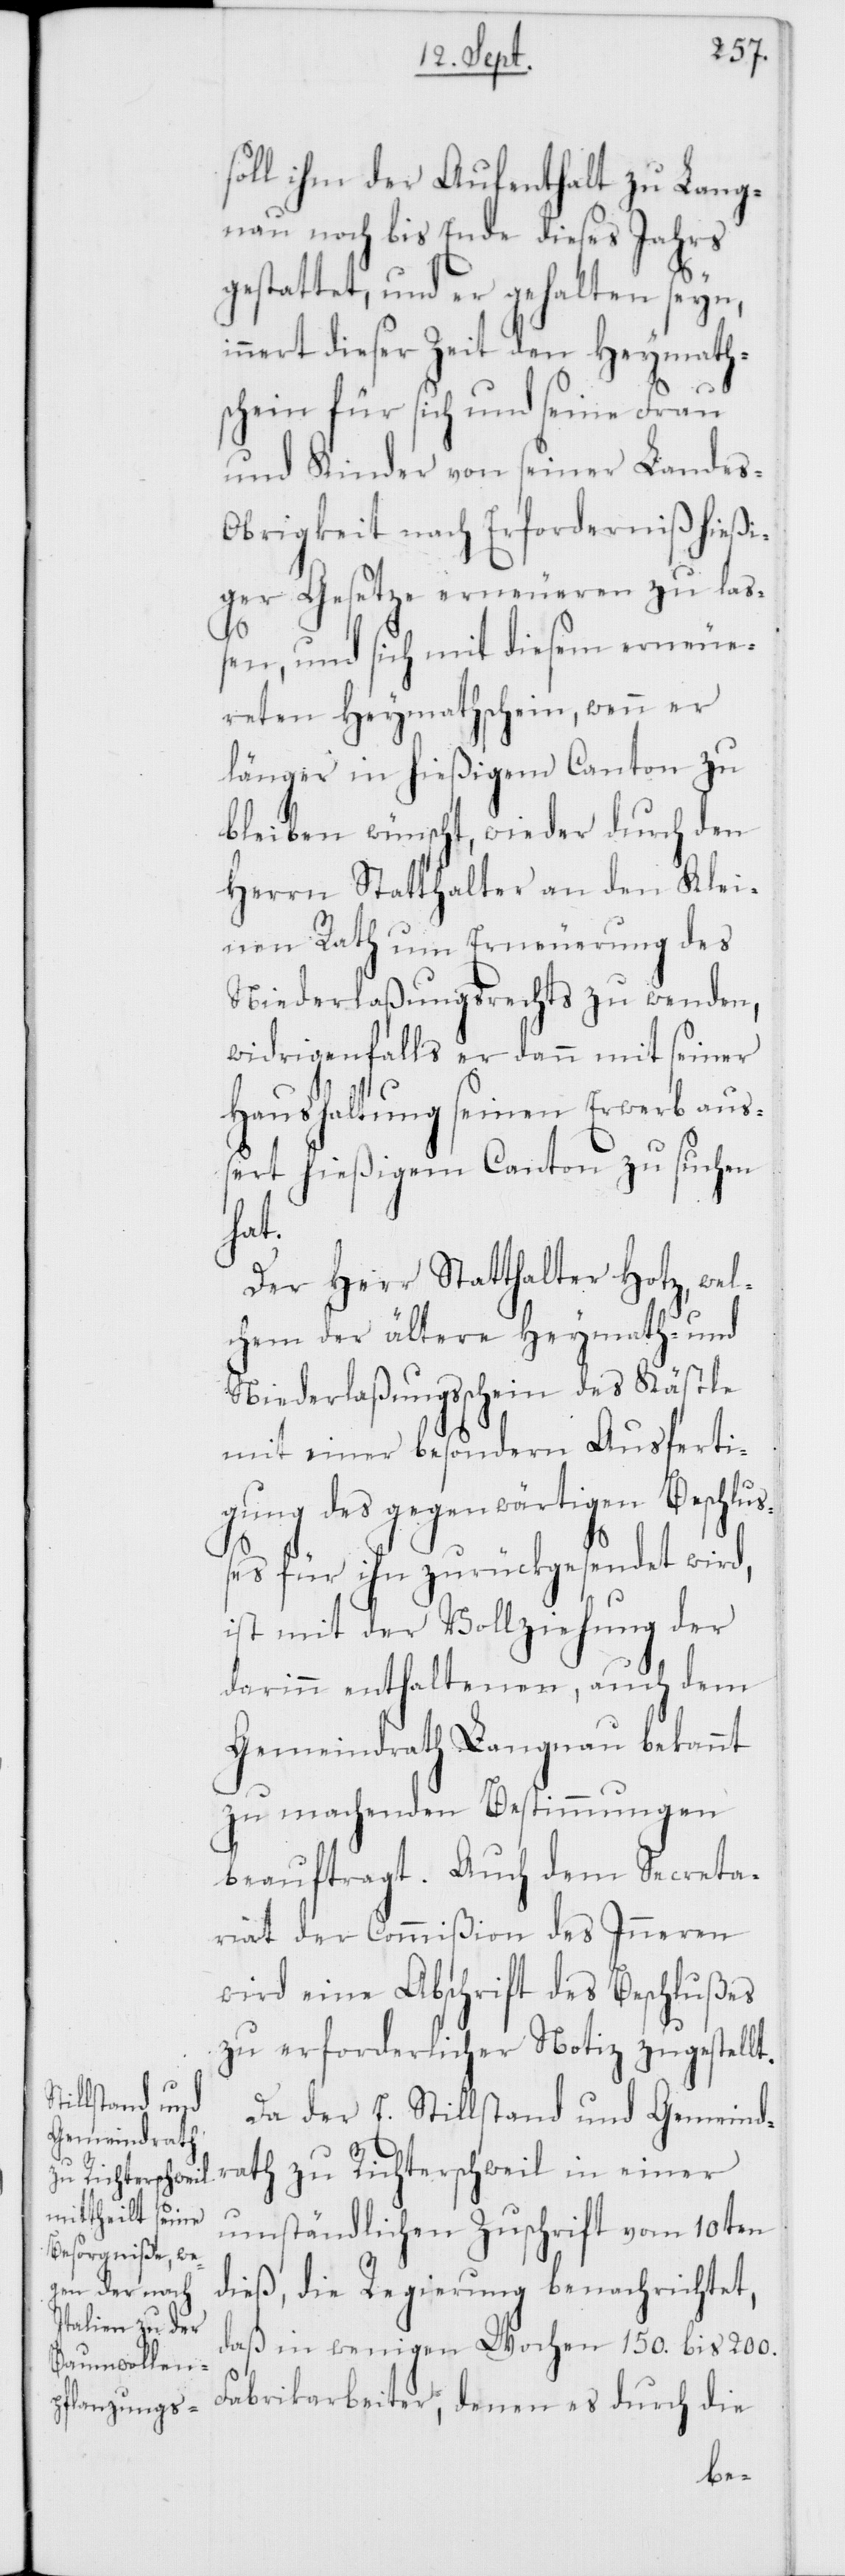
soll ihm der Aufenthalt zu Lang¬
nau noch bis Ende dieses Jahrs
gestattet, und er gehalten seyn,
innert dieser Zeit den Heymath¬
schein für sich und seine Frau
und Kinder von seiner Landes-O¬
brigkeit nach Erforderniß hießi¬
ger Gesetze erneueren zu la¬
ßen, und sich mit diesem erneue¬
reten Heymathschein, wenn er
länger in hießigem Canton zu
bleiben wünscht, wieder durch den
Herrn Statthalter an den Klei¬
nen Rath um Erneuerung des
Niederlaßungsrechts zu wenden,
widrigenfalls er dann mit seiner
Haushaltung seinen Erwerb auß¬
ert hießigem Canton zu suchen
rath
Der Herr Statthalter Hotz, wel¬
chem der ältere Heymath- und
Niederlaßungsschein des Kästle
mit einer besondern Ausferti¬
gung des gegenwärtigen Beschluß¬
es für ihn zurückgesendet wird,
ist mit der Vollziehung der
darin enthaltenen, auch dem
Gemeindrath Langnau bekannt
zu machenden Bestimmungen
beauftragt. Auch dem Secreta¬
riat der Commißion des Inneren
wird eine Abschrift des Beschlußes
zu erforderlicher Notiz zugestellt.
Da der E. Stillstand und Gemeind¬
umständlichen Zuschrift vom 10ten
dieß, die Regierung benachrichtet,
daß in wenigen Wochen 150. bis 200.
Fabrikarbeiter, denen es durch die